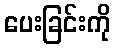
ပေးခြင်းကို